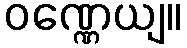
ဝဏ္ဏေယျ။